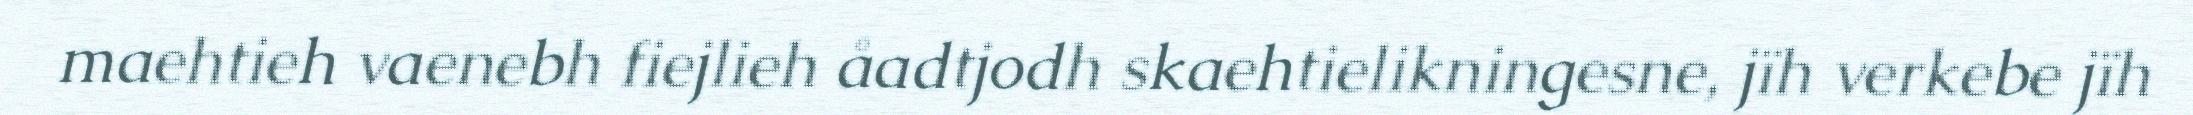
maehtieh vaenebh fiejlieh åadtjodh skaehtielikningesne, jïh verkebe jïh